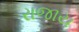
રાજાય